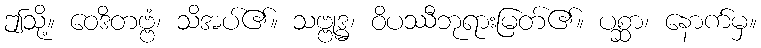
ဤသို့။ ဝေဒိတဗ္ဗံ၊ သိအပ်၏။ သဗ္ဗုဒ္ဓ၊ ဝိပဿီဘုရားမြတ်၏။ ပစ္ဆာ၊ နောက်မှ။